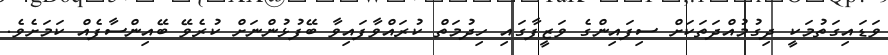
ވަޑައިގަތުމަކީ ދިގުމުއްދަތަކަށް ސިފައިންގެ ވަޒީފާގައި ހިދުމަތް ކުރައްވާފައިވާ ބޭފުޅުންނަށް ކުރެވޭ ބޭއިންސާފެއް ކަމަށެވެ.